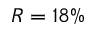
R = 1 8 \%